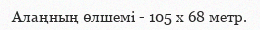
Алаңның өлшемі - 105 х 68 метр.